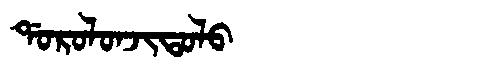
Manchu: ᡩᠣᡵᠣᠯᠣᠨᠵᡳᡨᠣᠯᠣ
Romanization: DOROLONJITOLO